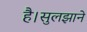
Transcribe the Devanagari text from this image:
है।सुलझाने